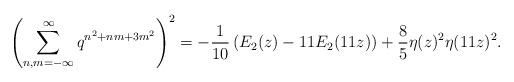
LaTeX: \begin{align*}\left(\sum^{\infty}_{n,m=-\infty}q^{n^2+nm+3m^2}\right)^2=-\frac{1}{10}\left(E_2(z)-11E_2(11z)\right)+\frac{8}{5}\eta(z)^2\eta(11z)^2.\end{align*}